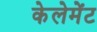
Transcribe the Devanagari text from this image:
केलेमेंट